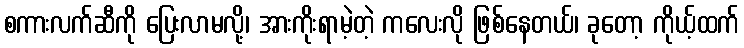
စကားလက်ဆီကို ပြေးလာမလို့၊ အားကိုးရာမဲ့တဲ့ ကလေးလို ဖြစ်နေတယ်၊ ခုတော့ ကိုယ့်ထက်